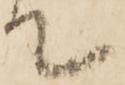
て